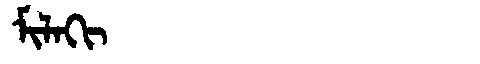
Manchu: ᠮᡳᠯᠠᡴᡳ
Romanization: MILAKI